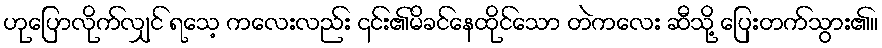
ဟုပြောလိုက်လျှင် ရသေ့ ကလေးလည်း ၎င်း၏မိခင်နေထိုင်သော တဲကလေး ဆီသို့ ပြေးတက်သွား၏။